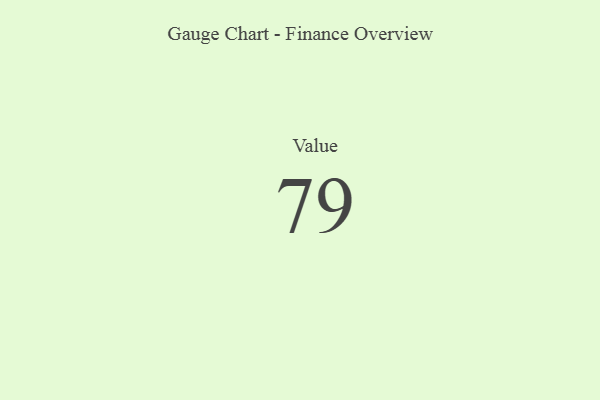
{"axis": {"x": "Metric", "y": "Value"}, "legend": [""], "data": [{"x": "Value", "y": 79, "type": ""}]}